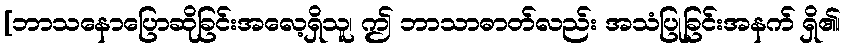
[ဘာသနောပြောဆိုခြင်းအလေ့ရှိသူ၊ ဤ ဘာသာဓာတ်လည်း အသံပြုခြင်းအနက် ရှိ၏၊